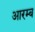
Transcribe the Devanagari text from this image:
आरम्ब